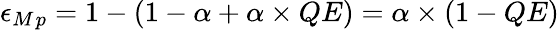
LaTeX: \epsilon_{M}{}_{p}=1-(1-\alpha+\alpha\times QE)=\alpha\times(1-QE)